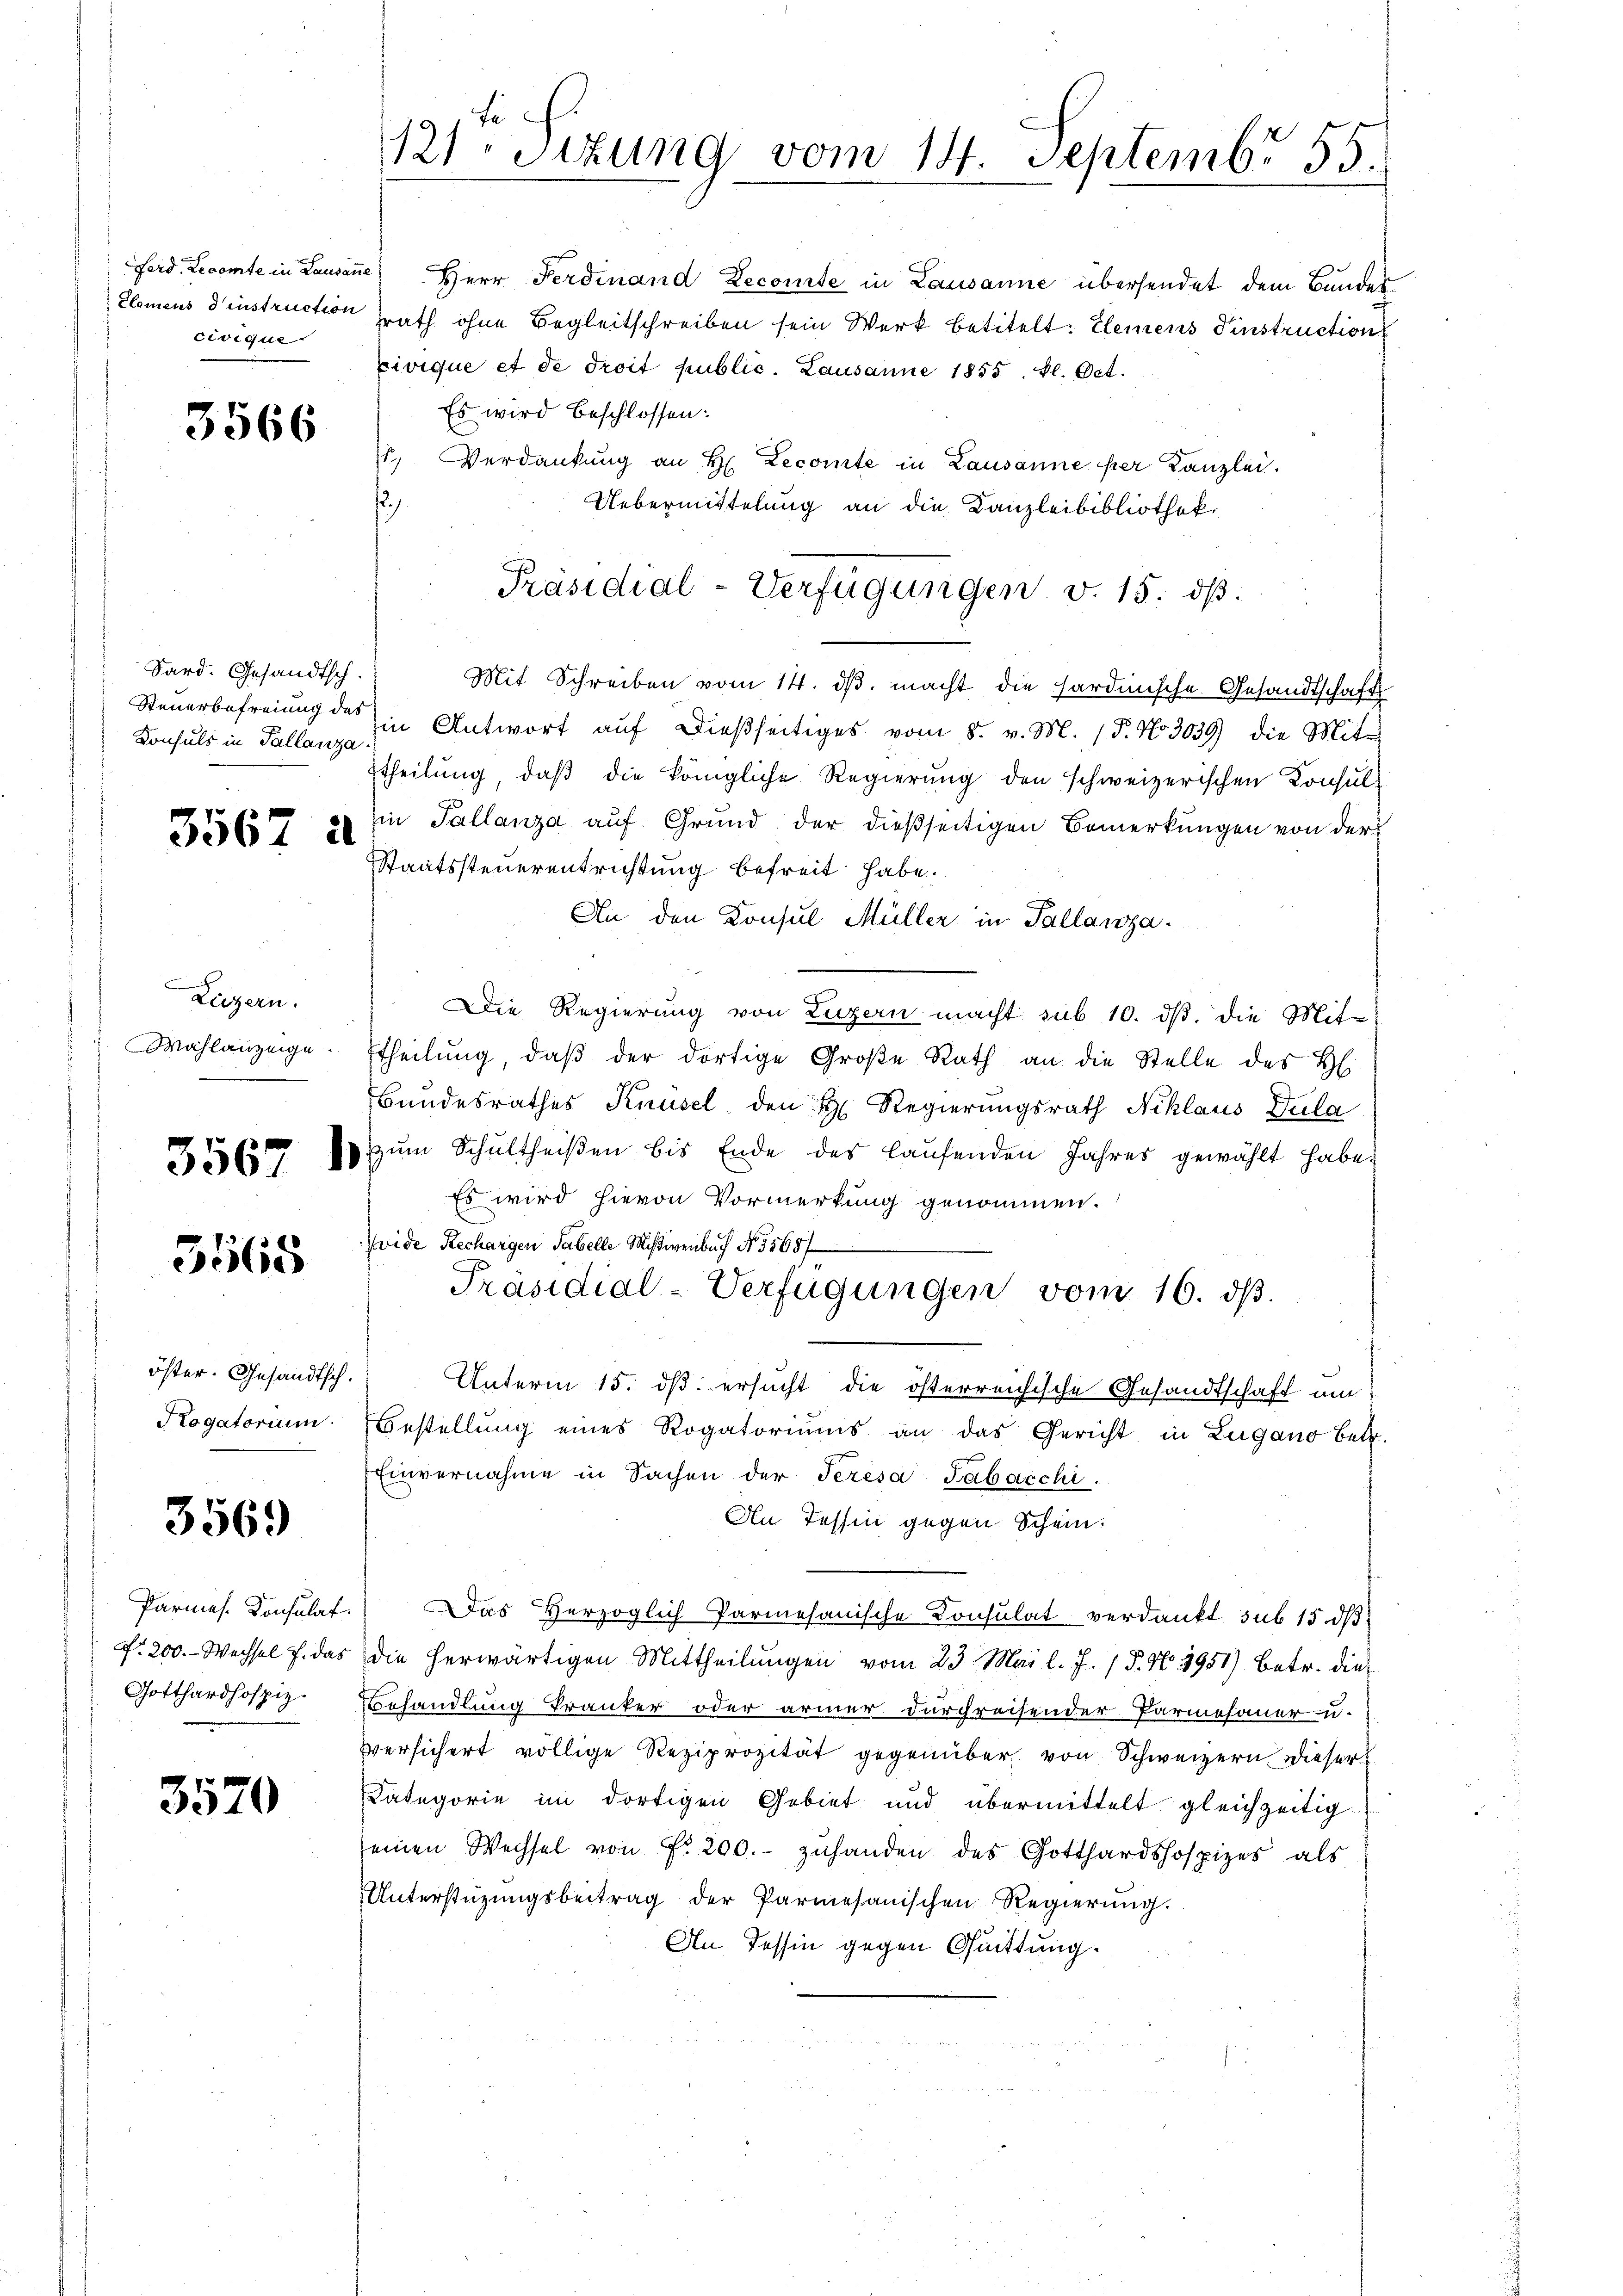
Civique.

3566

Sard. Gesandtsch.
Konsuls in Tallanza.

3567 à

Luzern.
Wahlanzeige.

3567

3568

3569

Parmes. Konsulat
No. 200.- Wechsel f. das
Gotthardhospiz

3520

öster. Gesandtsch.
Rogatorium

Es wird beschlossen:
Verdankung an H. Zecomte in Lausanne per Kanzlei.
).
Uebermittelung an die Kanzleibibliothek.
Mit Schreiben vom 14. dβ macht die sardinische Gesandtschafts
Steŭerbefreiung des in Antwort aŭf dießseitiges vom 8. v. M. 15. No 3039) die Mit-
theilung, daß die königliche Regierung den schweizerischen Konsulz
in Tallanza auf Grund der dießseitigen Bemerkungen von der
Staatssteuerentrichtung befreit habe.
An den Konsul Müller in Tallanza.
Die Regierung von Luzern macht sub 10. ds. die Mit-
theilung, daβ der dortige Große Rath an die Stelle des H
Bundesrathes Knüsel den H. Regierungsrath Niklaus Dula
zŭm Schultheißen bis Ende des laufenden Jahres gewählt habe.
Es wird hievon Vormerkung genommen.
Zoide Rechargen Tabelle Mißivenbuch No. 55657
Präsidial-Verfügungen vom 16. ds.
Unterm 15. dß ersucht die österreichische Gesandtschaft um
Bestellung eines Rogatoriums an das Gericht in Zugano betr.
Einvernahme in Sachen der Teresa Tabacchi.
An Tessin gegen Schein:
) Das Herzoglich Parmesanische Konsulat verdankt sub 15. dß.
die herwärtigen Mittheilungen vom 23. Mai l. J. 18. No. 1951) betr. die
Behandlung Tranker oder armer durchreisender Parmesauer u.
versichert völlige Reziprozität gegenüber von Schweizern dieser
Kategorie im dortigen Gebiet und übermittelt gleichzeitig-
seinen Wechsel von Fr. 200.- zŭhanden des Gotthardshospizes als
Unterstüzungsbeitrag der Parmesanischen Regierung.
An Tessin gegen Quittung.

121. Sitzung vom 14. Septembr 55.
.

Ferd. Decomte in Lausane Herr Ferdinand Recomte in Lausanne übersendet dem Bundes¬
Slomens d’instructionsrath ohne Begleitschreiben sein Werk betitelt: Elemens Dinstruction
Eiique et de droit public. Lausanne 1855. fl. Oct.

Präsidial-Verfügungen v. 15. dß.